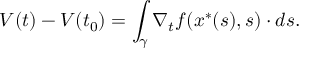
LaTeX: V ( t ) - V ( t _ { 0 } ) = \int _ { \gamma } \nabla _ { t } f ( x ^ { \ast } ( s ) , s ) \cdot d s .